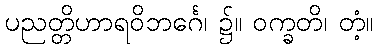
ပညတ္တိဟာရဝိဘင်္ဂေ၊ ၌။ ဝက္ခတိ၊ တံ့။